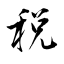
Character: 税